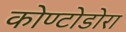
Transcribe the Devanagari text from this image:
कोण्टोडोरा